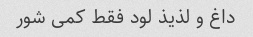
داغ و لذیذ لود فقط کمی شور